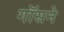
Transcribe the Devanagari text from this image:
गॉसने